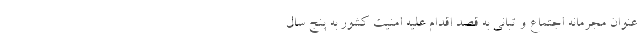
عنوان مجرمانه اجتماع و تبانی به قصد اقدام علیه امنیت کشور به پنج سال